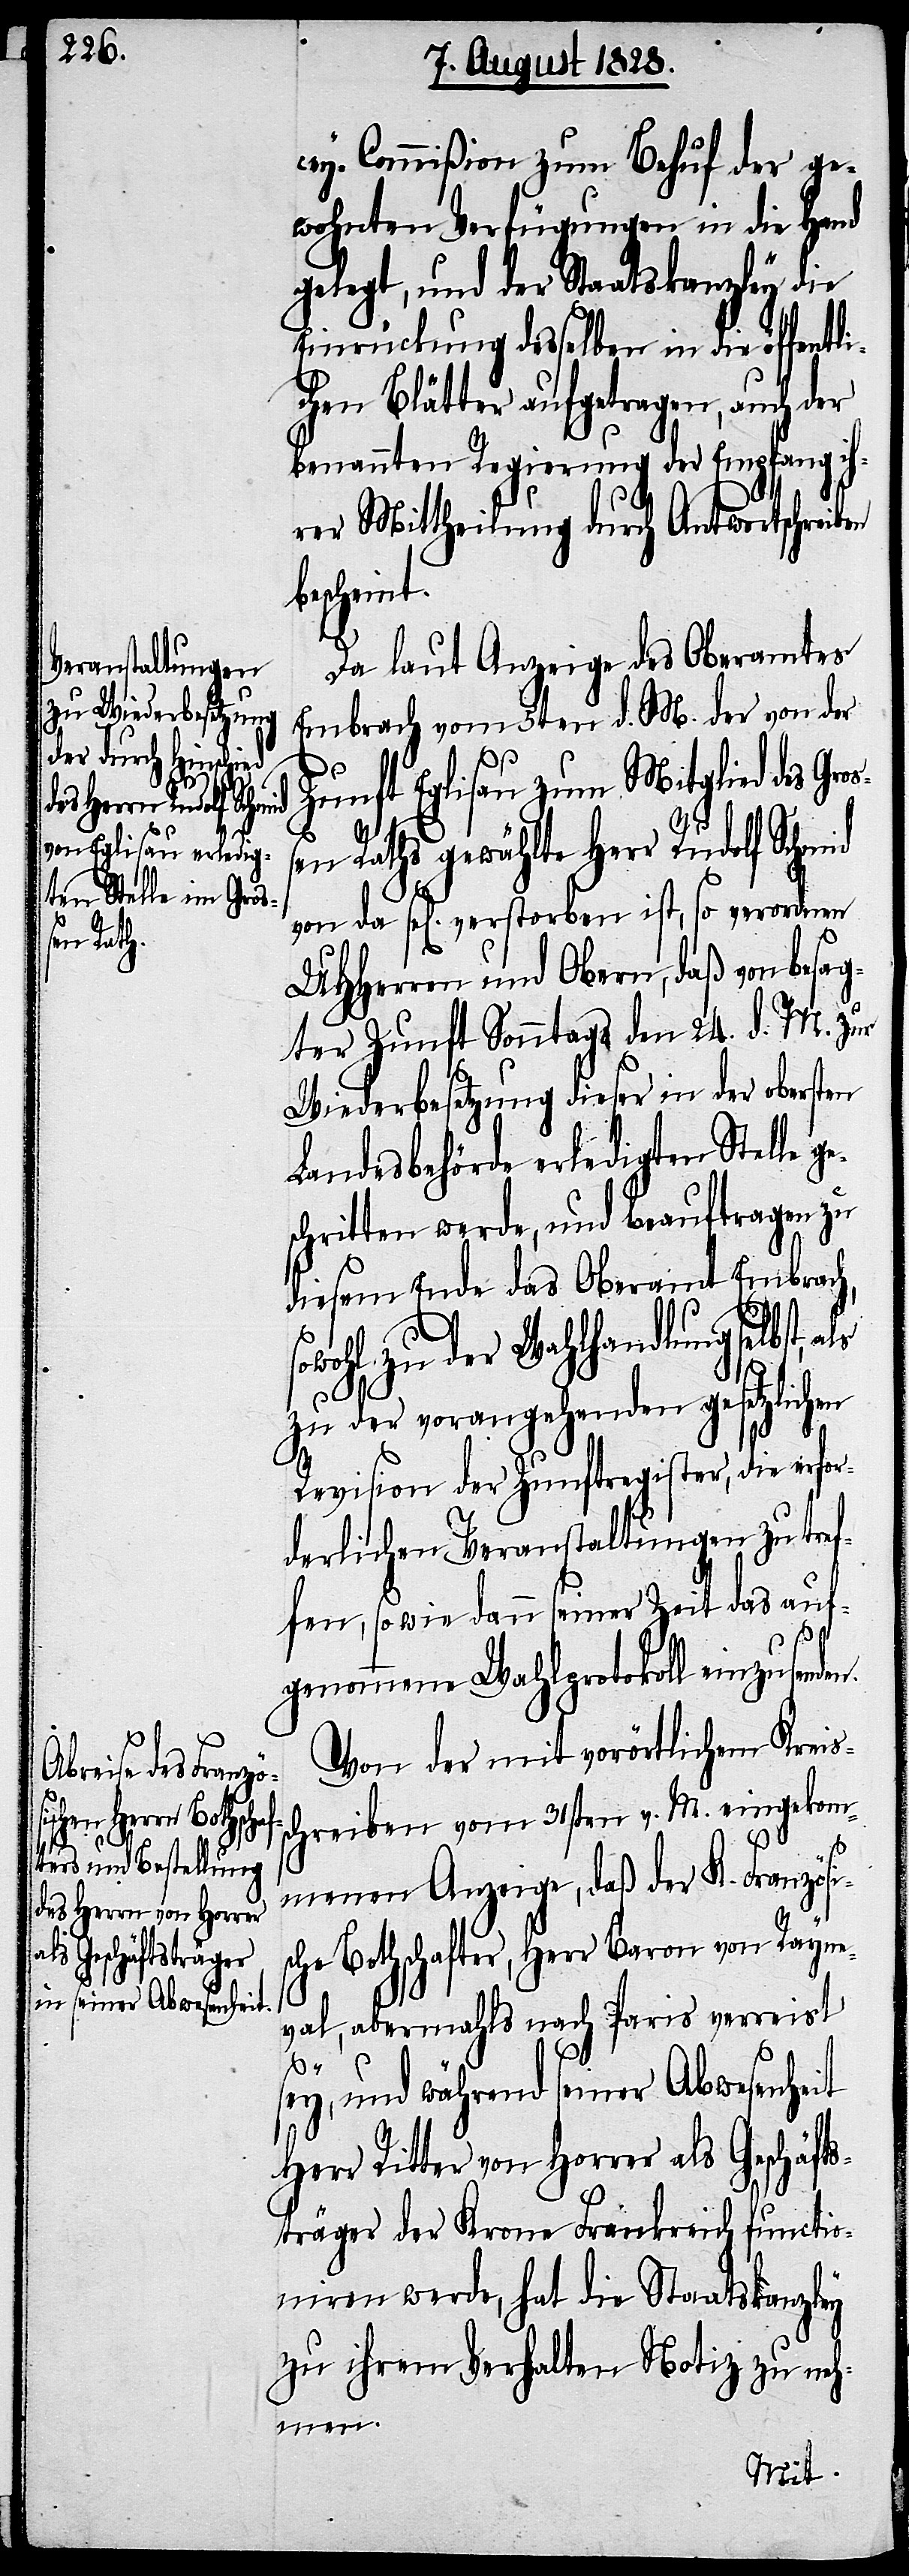
cey-Commißion zum Behuf der ge¬
wohnten Verfügungen in die Hand
gelegt, und der Staatskanzley die
Einrückung desselben in die öffentl¬
ichen Blätter aufgetragen, auch der
benannten Regierung der Empfang ih¬
rer Mittheilung durch Antwortschreib¬
bescheint.
Da laut Anzeige des Oberamtes
Embrach vom 5ten dl. M. der von der
Zunft Eglisau zum Mitglied des Gro¬
den.
ßen Raths gewählte Herr Rudolf Schmid
von da sel[ig] verstorben ist, so verordnen
UHHerren und Obern, daß von besag¬
ter Zunft Sonntags den 24. d. M. zur
Wiederbesetzung dieser in der obersten
Landesbehörde erledigten Stelle g¬
schritten werde, und beauftragen zu
diesem Ende das Oberamt Embrach,
wohl zu der Wahlhandlung selbst,
zu der vorangehenden gesetzlichen
Revision der Zunftregister, die erfor¬
derlichen Veranstaltungen zu tref¬
fen, so wie dann seiner Zeit das auf¬
genommene Wahlprotokoll einzusen¬
Von der mit vorörtlichem Kreis¬
schreiben vom 31sten v. M. eingekom¬
so¬
menen Anzeige, daß der K. Französi¬
sche Bothschafter, Herr Baron von Rayne¬
val, abermahls nach Paris verreist
sey, und während seiner Abwesenheit
Herr Ritter von Horrer als Geschäft¬
sträger der Krone Frankreich functio¬
niren werde, hat die Staatskanzley
zu ihrem Verhalten Notiz zu neh¬
men.